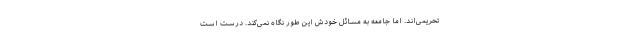
تحریمی‌اند. اما جامعه به مسائل خودش این طور نگاه نمی‌کند. درست است